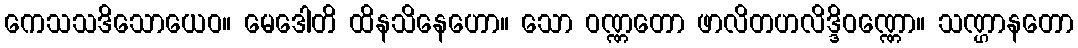
ကေသသဒိသောယေဝ။ မေဒေါတိ ထိနသိနေဟော။ သော ဝဏ္ဏတော ဖာလိတဟလိဒ္ဒိဝဏ္ဏော။ သဏ္ဌာနတော